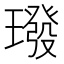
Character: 𪼠